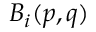
B _ { i } ( p , q )